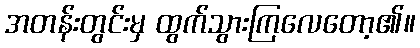
အတန်းတွင်းမှ ထွက်သွားကြလေတော့၏။